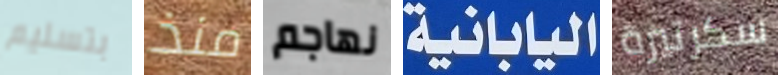
بتسليم منذ نهاجم اليابانية سكرتيرة